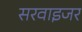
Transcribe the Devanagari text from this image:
सरवाइजर